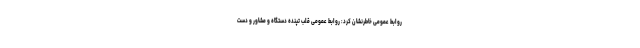
روابط عمومی خاطرنشان کرد: روابط عمومی قلب تپنده دستگاه و مشاور و دست